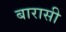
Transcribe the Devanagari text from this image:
बारासी